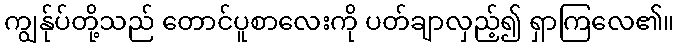
ကျွန်ုပ်တို့သည် တောင်ပူစာလေးကို ပတ်ချာလှည့်၍ ရှာကြလေ၏။